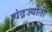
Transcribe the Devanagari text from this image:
चंद्रज्योती